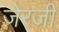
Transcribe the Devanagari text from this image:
ज़ेरजी